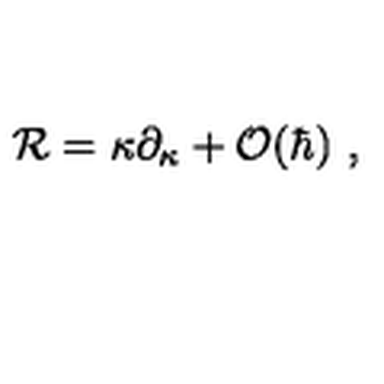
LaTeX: { \cal R } = \kappa \partial _ { \kappa } + { \cal O } ( \hbar ) \ ,